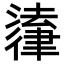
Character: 𪫚